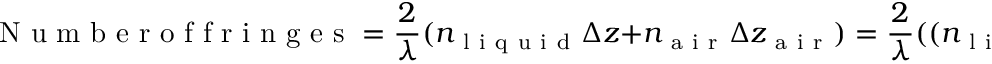
\mathrm { ~ N ~ u ~ m ~ b ~ e ~ r ~ o ~ f ~ f ~ r ~ i ~ n ~ g ~ e ~ s ~ } = \frac { 2 } { \lambda } ( n _ { \mathrm { ~ l ~ i ~ q ~ u ~ i ~ d ~ } } \Delta z + n _ { \mathrm { ~ a ~ i ~ r ~ } } \Delta z _ { \mathrm { ~ a ~ i ~ r ~ } } ) = \frac { 2 } { \lambda } ( ( n _ { \mathrm { ~ l ~ i ~ q ~ u ~ i ~ d ~ } } - n _ { \mathrm { ~ a ~ i ~ r ~ } } ) \Delta z ) .